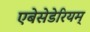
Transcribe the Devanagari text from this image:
एबेसेडेरियम्